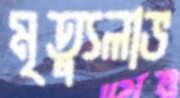
মৃত্যুলাভ